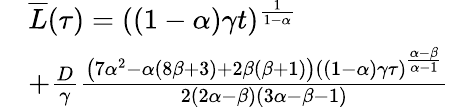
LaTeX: \begin{array}{rl}&{\overline{{L}}(\tau)=((1-\alpha)\gamma t)^{\frac{1}{1-\alpha}}}\\ &{+\frac{D}{\gamma}\frac{\left(7\alpha^{2}-\alpha(8\beta+3)+2\beta(\beta+1)\right)((1-\alpha)\gamma\tau)^{\frac{\alpha-\beta}{\alpha-1}}}{2(2\alpha-\beta)(3\alpha-\beta-1)}}\end{array}